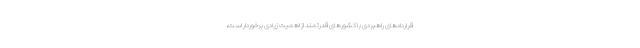
قراردادهای راهبردی با کشورهای قدرتمند از اهمیت زیادی برخوردار است،